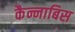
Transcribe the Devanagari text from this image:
कैन्नाबिस